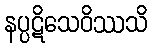
နပ္ပဋိသေဝိဿသိ